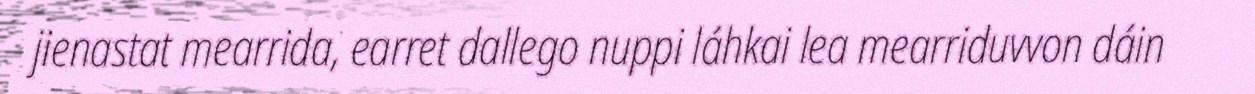
jienastat mearrida, earret dallego nuppi láhkai lea mearriduvvon dáin